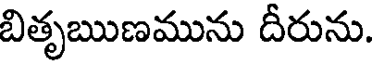
బితృఋణమును దీరును.